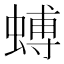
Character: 䗚